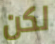
لكن